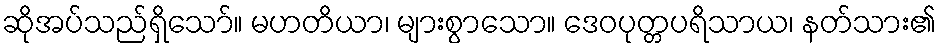
ဆိုအပ်သည်ရှိသော်။ မဟတိယာ၊ များစွာသော။ ဒေဝပုတ္တပရိသာယ၊ နတ်သား၏